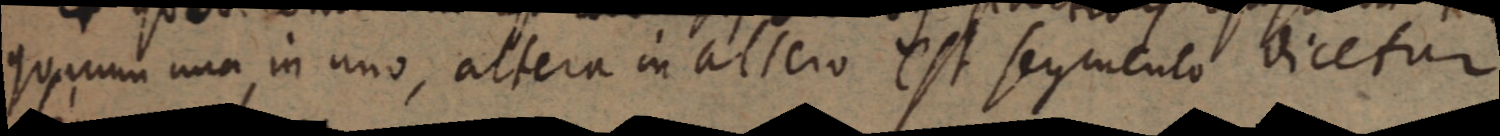
quarum una in uno, altera in altero est segmento dicetur